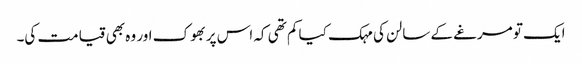
ایک تو مرغے کے سالن کی مہک کیا کم تھی کہ اس پر بھوک اور وہ بھی قیامت کی۔